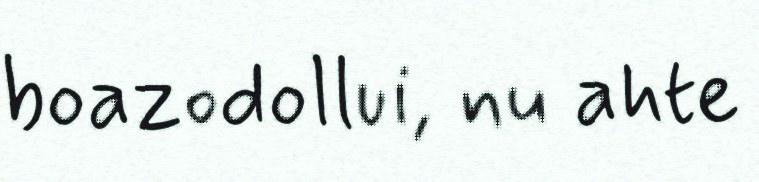
boazodollui, nu ahte